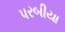
પરબીયા